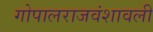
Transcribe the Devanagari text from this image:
गोपालराजवंशावली